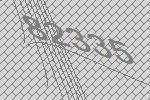
82335